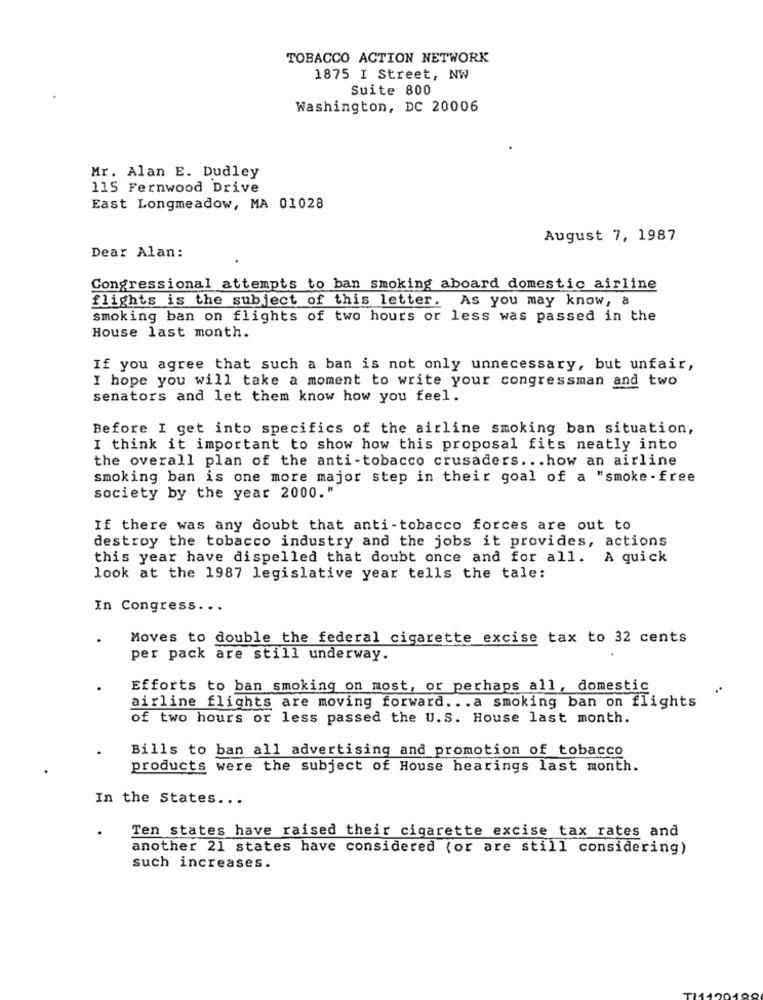
TOBACCO ACTION NETWORK
1875 I Street, NW
Suite 800
Washington, DC 20006
Mr. Alan E. Dudley
115 Fernwood Drive
East Longmeadow, MA 01028
August 7, 1987
Dear Alan:
Congressional attempts to ban smoking aboard domestic airline
flights is the subject of this letter. As you may know, a
smoking ban on flights of two hours or less was passed in the
House last month.
If you agree that such a ban is not only unnecessary, but unfair,
I hope you will take a moment to write your congressman and two
senators and let them know how you feel.
Before I get into specifics of the airline smoking ban situation,
I think it important to show how this proposal fits neatly into
the overall plan of the anti-tobacco crusaders ... how an airline
smoking ban is one more major step in their goal of a "smoke -free
society by the year 2000."
If there was any doubt that anti-tobacco forces are out to
destroy the tobacco industry and the jobs it provides, actions
this year have dispelled that doubt once and for all. A quick
look at the 1987 legislative year tells the tale:
In Congress ...
Moves to double the federal cigarette excise tax to 32 cents
per pack are still underway.
Efforts to ban smoking on most, or perhaps all, domestic
airline flights are moving forward ... a smoking ban on flights
of two hours or less passed the U.S. House last month.
Bills to ban all advertising and promotion of tobacco
products were the subject of House hearings last month.
In the States ...
Ten states have raised their cigarette excise tax rates and
another 21 states have considered (or are still considering)
such increases.